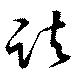
諸